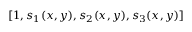
[ 1 , s _ { 1 } ( x , y ) , s _ { 2 } ( x , y ) , s _ { 3 } ( x , y ) ]